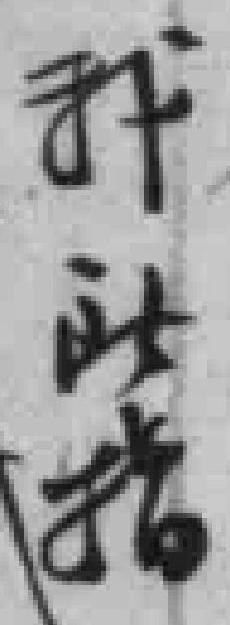
我此指